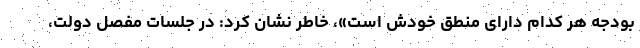
بودجه هر کدام دارای منطق خودش است»، خاطر نشان کرد: در جلسات مفصل دولت،